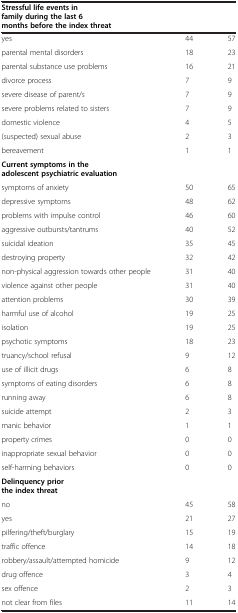
<table><thead><tr><td><b>Stressful life events in family during the last 6 months before the index threat</b></td><td><b> </b></td><td><b> </b></td></tr></thead><tbody><tr><td>yes</td><td>44</td><td>57</td></tr><tr><td>parental mental disorders</td><td>18</td><td>23</td></tr><tr><td>parental substance use problems</td><td>16</td><td>21</td></tr><tr><td>divorce process</td><td>7</td><td>9</td></tr><tr><td>severe disease of parent/s</td><td>7</td><td>9</td></tr><tr><td>severe problems related to sisters</td><td>7</td><td>9</td></tr><tr><td>domestic violence</td><td>4</td><td>5</td></tr><tr><td>(suspected) sexual abuse</td><td>2</td><td>3</td></tr><tr><td>bereavement</td><td>1</td><td>1</td></tr><tr><td><b>Current symptoms in the adolescent psychiatric evaluation</b></td><td> </td><td> </td></tr><tr><td>symptoms of anxiety</td><td>50</td><td>65</td></tr><tr><td>depressive symptoms</td><td>48</td><td>62</td></tr><tr><td>problems with impulse control</td><td>46</td><td>60</td></tr><tr><td>aggressive outbursts/tantrums</td><td>40</td><td>52</td></tr><tr><td>suicidal ideation</td><td>35</td><td>45</td></tr><tr><td>destroying property</td><td>32</td><td>42</td></tr><tr><td>non-physical aggression towards other people</td><td>31</td><td>40</td></tr><tr><td>violence against other people</td><td>31</td><td>40</td></tr><tr><td>attention problems</td><td>30</td><td>39</td></tr><tr><td>harmful use of alcohol</td><td>19</td><td>25</td></tr><tr><td>isolation</td><td>19</td><td>25</td></tr><tr><td>psychotic symptoms</td><td>18</td><td>23</td></tr><tr><td>truancy/school refusal</td><td>9</td><td>12</td></tr><tr><td>use of illicit drugs</td><td>6</td><td>8</td></tr><tr><td>symptoms of eating disorders</td><td>6</td><td>8</td></tr><tr><td>running away</td><td>6</td><td>8</td></tr><tr><td>suicide attempt</td><td>2</td><td>3</td></tr><tr><td>manic behavior</td><td>1</td><td>1</td></tr><tr><td>property crimes</td><td>0</td><td>0</td></tr><tr><td>inappropriate sexual behavior</td><td>0</td><td>0</td></tr><tr><td>self-harming behaviors</td><td>0</td><td>0</td></tr><tr><td><b>Delinquency prior the index threat</b></td><td> </td><td> </td></tr><tr><td>no</td><td>45</td><td>58</td></tr><tr><td>yes</td><td>21</td><td>27</td></tr><tr><td>pilfering/theft/burglary</td><td>15</td><td>19</td></tr><tr><td>traffic offence</td><td>14</td><td>18</td></tr><tr><td>robbery/assault/attempted homicide</td><td>9</td><td>12</td></tr><tr><td>drug offence</td><td>3</td><td>4</td></tr><tr><td>sex offence</td><td>2</td><td>3</td></tr><tr><td>not clear from files</td><td>11</td><td>14</td></tr></tbody></table>